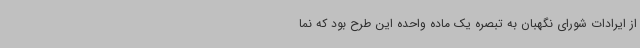
از ایرادات شورای نگهبان به تبصره یک ماده واحده این طرح بود که نما